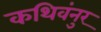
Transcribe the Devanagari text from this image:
कथिवंनुर